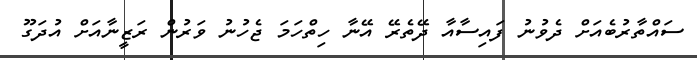
ސައްތާރުބެއަށް ދެވުނު ފައިސާއާ ދޭތެރޭ އޭނާ ހިތްހަމަ ޖެހުނު ވަރުން ރަޒީނާއަށް އުދަގޫ